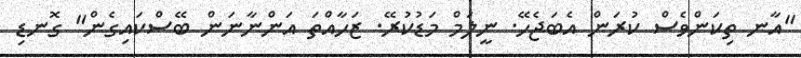
"އާނ ތިކަންވެސް ކުރަން އެބަޖެހޭ. ނީލަމް މަޑުކުރޭ. ޒަހާއްތަ އަންނާނަން ބޭސްކައިގެން" ގޮނޑި